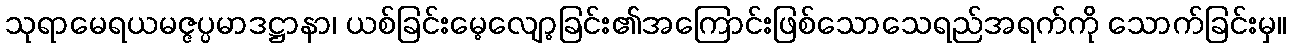
သုရာမေရယမဇ္ဇပ္ပမာဒဋ္ဌာနာ၊ ယစ်ခြင်းမေ့လျော့ခြင်း၏အကြောင်းဖြစ်သောသေရည်အရက်ကို သောက်ခြင်းမှ။